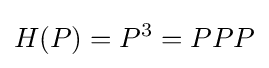
H(P)=P^{3}=PPP